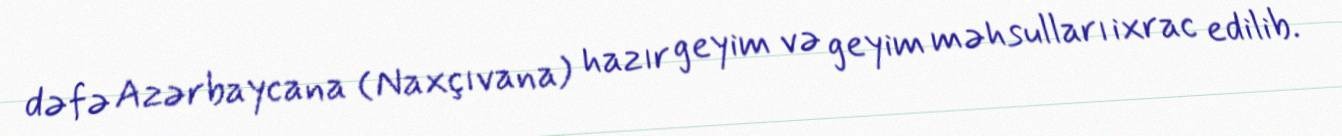
dəfə Azərbaycana (Naxçıvana) hazır geyim və geyim məhsulları ixrac edilib.